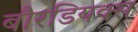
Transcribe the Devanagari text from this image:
बौरडियक्स